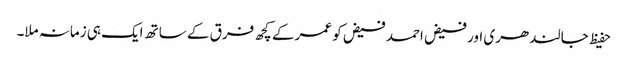
حفیظ جالندھری اور فیض احمد فیض کو عمر کے کچھ فرق کے ساتھ ایک ہی زمانہ ملا۔